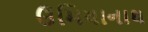
ઉમિયાનાથ